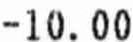
-10.00